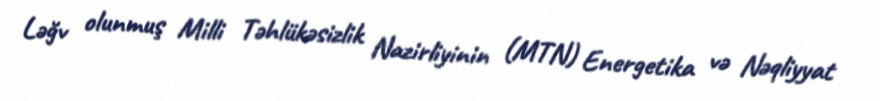
Ləğv olunmuş Milli Təhlükəsizlik Nazirliyinin (MTN) Energetika və Nəqliyyat